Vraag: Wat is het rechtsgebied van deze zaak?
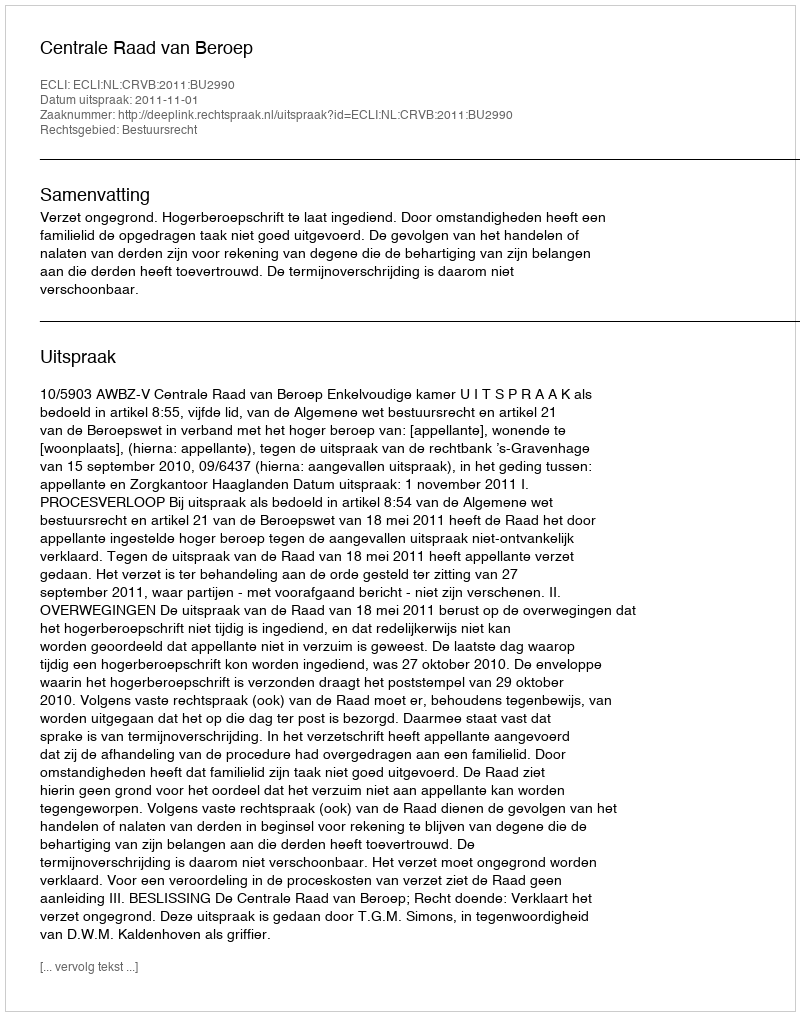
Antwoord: Bestuursrecht